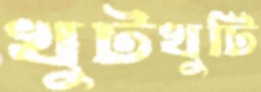
খুটখুটি